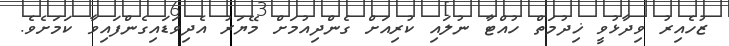
ޒުހެއިރު ވިދާޅުވީ ޚިދުމަތް ހުއްޓާ ނުލައި ކުރިއަށް ގެންދިއުމަށް މޭޔަރު އެދިވަޑައިގެންފައިވާ ކަމަށެވެ.